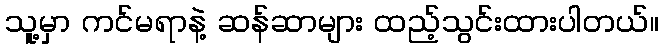
သူ့မှာ ကင်မရာနဲ့ ဆန်ဆာများ ထည့်သွင်းထားပါတယ်။